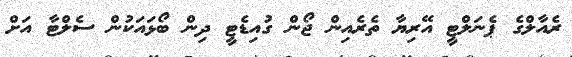
ރެއާލްގެ ޕެނަލްޓީ އޭރިޔާ ތެރެއިން ޖޯން ގުއިޑެޓީ ދިން ބޯޅައަކުން ސެލްޓާ އަށް